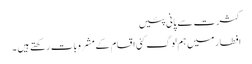
کثرت سے پانی پئیں
افطار میں ہم لوگ کئی اقسام کے مشروبات رکھتے ہیں ۔